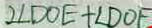
2 \angle D O E + \angle D O F